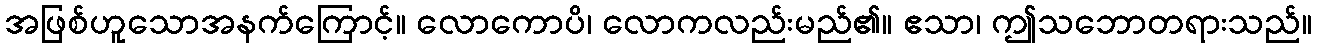
အဖြစ်ဟူသောအနက်ကြောင့်။ လောကောပိ၊ လောကလည်းမည်၏။ ဧသာ၊ ဤသဘောတရားသည်။